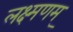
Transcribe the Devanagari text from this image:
लक्ष्मणम्